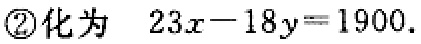
\textcircled{2}化为 \(23x - 18y = 1900\).